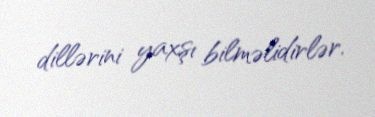
dillərini yaxşı bilməlidirlər.